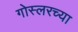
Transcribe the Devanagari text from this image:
गोस्लरच्या